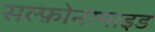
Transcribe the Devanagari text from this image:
सल्‍फ़ोनामाइड